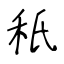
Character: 秖